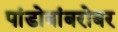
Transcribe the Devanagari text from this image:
पांडोबांबरोबर